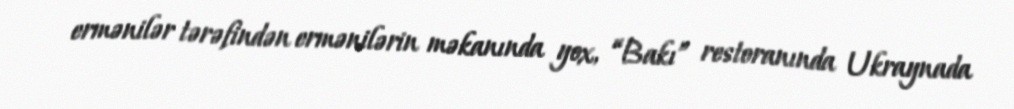
ermənilər tərəfindən ermənilərin məkanında yox, “Bakı” restoranında Ukraynada